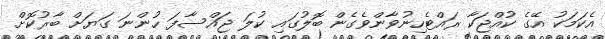
އެކަމަކު އޭގެ ކުއްޖަކާ ރައްޓެހިނުވާންވެގެން ބޮލުގައި ކުލަ ޖައްސާފަ ހުންނަ ގަޔަށް ބާރުކޮށް